Source: Computer-generated
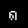
Digit: ၈ (8)